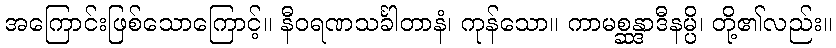
အကြောင်းဖြစ်သောကြောင့်။ နီဝရဏသင်္ခါတာနံ၊ ကုန်သော။ ကာမစ္ဆန္ဒာဒီနမ္ပိ၊ တို့၏လည်း။